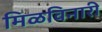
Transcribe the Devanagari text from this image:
मिळविनारी